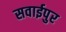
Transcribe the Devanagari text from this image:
सवाईपुर